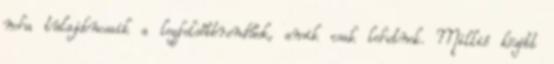
noha tulajdonosaik a legfelsőbbrendűek, amik csak lehetnek. Millió között